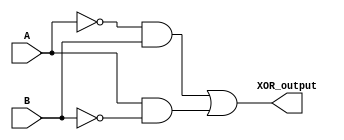
module XOR_gate (
    input A,
    input B,
    output XOR_output
);

wire inv1_out, inv2_out, nand_out;

assign inv1_out = ~A;
assign inv2_out = ~B;
assign nand_out = inv1_out & B | A & inv2_out;

assign XOR_output = nand_out;

endmodule